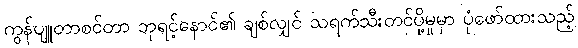
ကွန်ပျူတာစင်တာ ဘုရင့်နောင်၏ ချစ်လျှင် သရက်သီးတင်ပို့မှုမှာ ပုံဖော်ထားသည့်